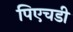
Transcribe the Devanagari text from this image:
पिएचडी